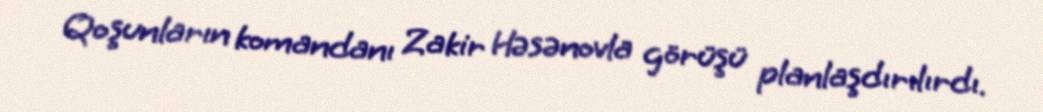
Qoşunların komandanı Zakir Həsənovla görüşü planlaşdırılırdı.